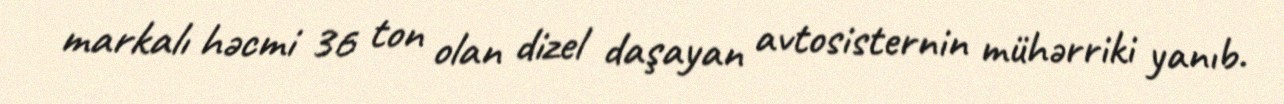
markalı həcmi 36 ton olan dizel daşayan avtosisternin mühərriki yanıb.